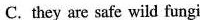
C. they are safe wild fungi